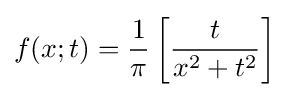
f(x;t)={1 \over \pi }\left[{t \over x^{2}+t^{2}}\right]